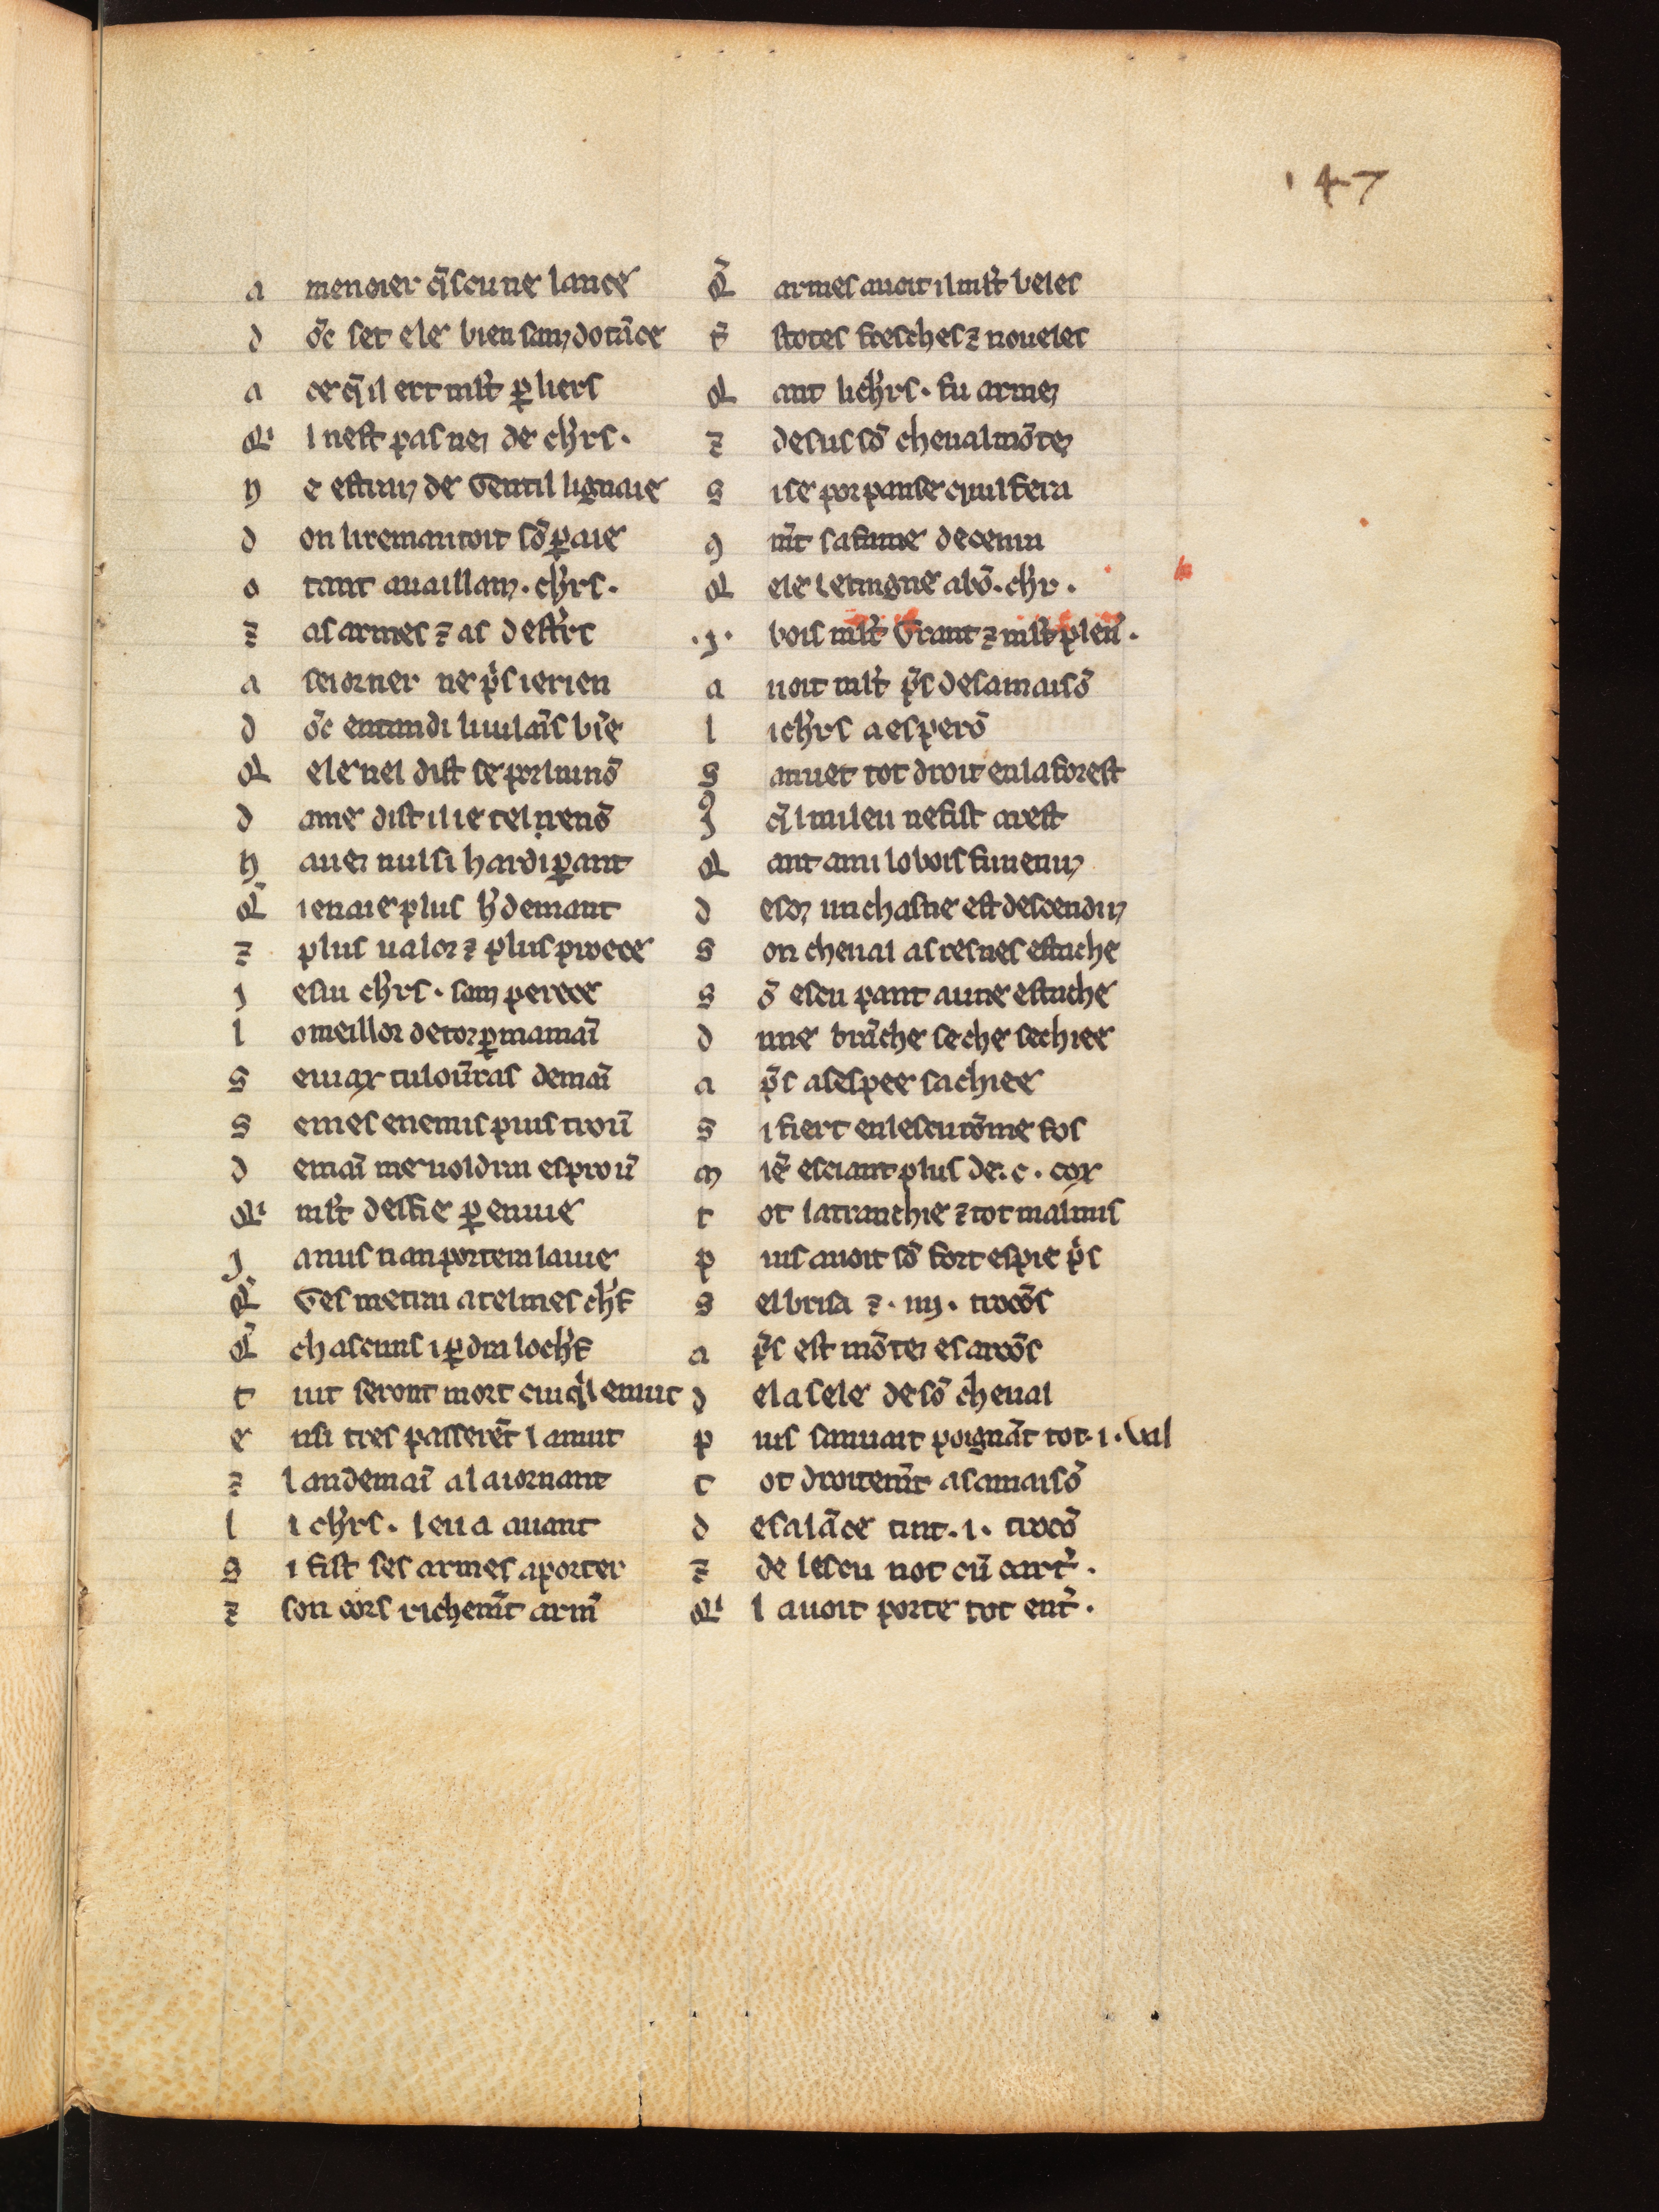
Shelfmark: Bern, Burgerbibliothek, 354
Century: 14